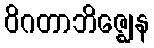
ဝိဂတာဘိဇ္ဈေန